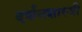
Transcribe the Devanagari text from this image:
दर्शनशास्‍त्री